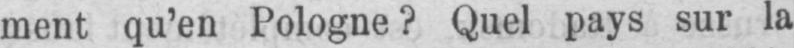
ment qu’en Pologne? Quel pays sur la